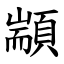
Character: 顓